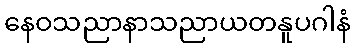
နေဝသညာနာသညာယတနူပဂါနံ